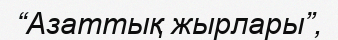
“Азаттық жырлары”,